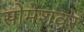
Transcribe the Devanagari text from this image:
सोमेशवर